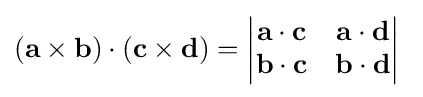
(\mathbf {a\times b} )\cdot (\mathbf {c} \times \mathbf {d} )={\begin{vmatrix}\mathbf {a\cdot c} &\mathbf {a\cdot d} \\\mathbf {b\cdot c} &\mathbf {b\cdot d} \end{vmatrix}}\